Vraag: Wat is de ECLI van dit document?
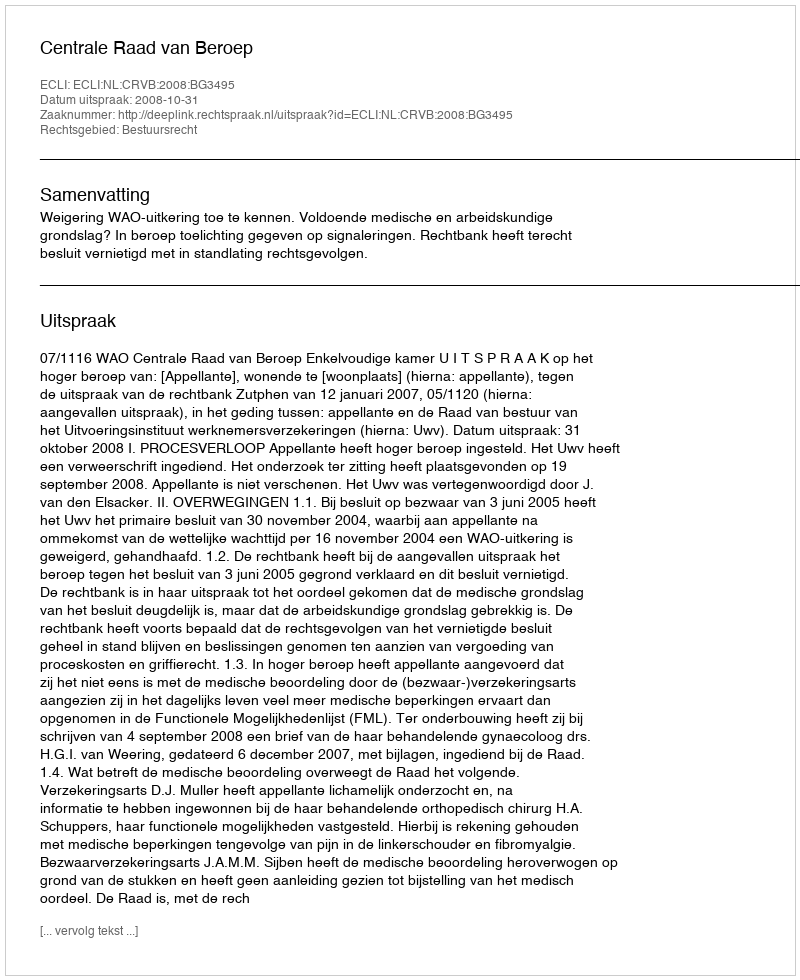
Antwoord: ECLI:NL:CRVB:2008:BG3495